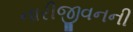
નારીજીવનની